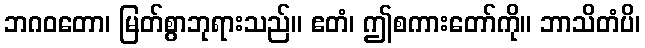
ဘဂဝတော၊ မြတ်စွာဘုရားသည်။ ဧတံ၊ ဤစကားတော်ကို။ ဘာသိတံပိ၊